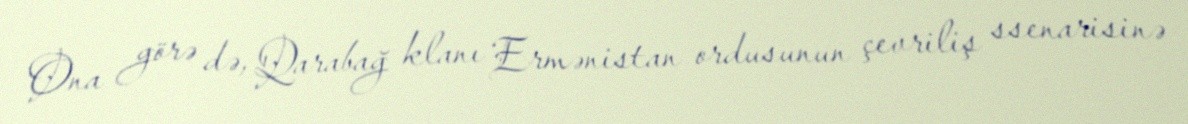
Ona görə də, Qarabağ klanı Ermənistan ordusunun çevriliş ssenarisinə